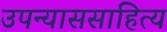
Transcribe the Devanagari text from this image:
उपन्याससाहित्य